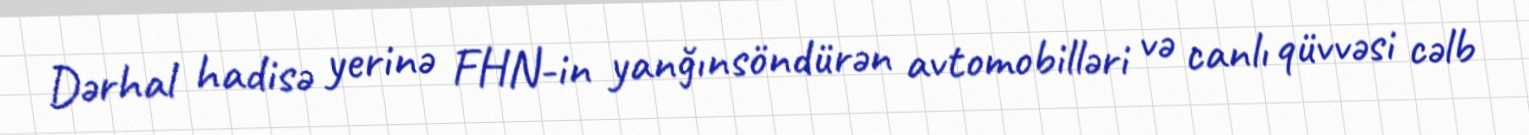
Dərhal hadisə yerinə FHN-in yanğınsöndürən avtomobilləri və canlı qüvvəsi cəlb